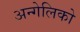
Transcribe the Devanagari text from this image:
अन्गेलिको